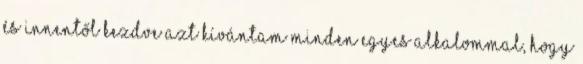
és innentől kezdve azt kívántam minden egyes alkalommal, hogy